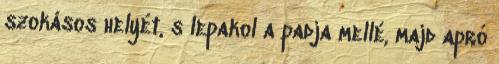
szokásos helyét, s lepakol a padja mellé, majd apró